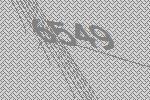
6549